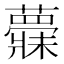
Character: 𱾺